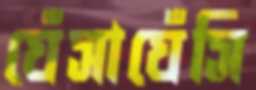
ঘেঁসাঘেঁসি